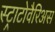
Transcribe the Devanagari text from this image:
स्ट्राटोवैरिअस